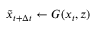
\tilde { x } _ { t + \Delta t } \gets G ( x _ { t } , z )